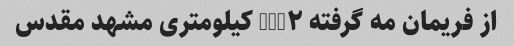
از فریمان مه گرفته NUM۲ کیلومتری مشهد مقدس